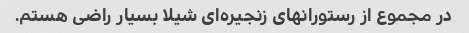
در مجموع از رستورانهای زنجیره‌ای شیلا بسیار راضی هستم.